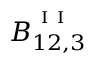
{ B } _ { 1 2 , 3 } ^ { ^ { \mathrm { ~ I ~ I ~ } } }